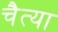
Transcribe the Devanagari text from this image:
चैत्या